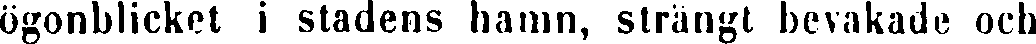
ögonblicket i stadens hamn, strängt bevakade och